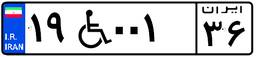
۱۹W۰۰۱۳۶